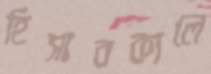
হিসাবকালে